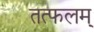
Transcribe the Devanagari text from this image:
तत्फलम्